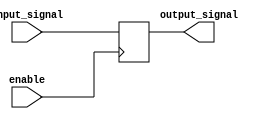
module tri_state_buffer (
    input wire enable,
    input wire input_signal,
    output reg output_signal
);

always @ (posedge enable) begin
    if (enable) begin
        output_signal <= input_signal;
    end else begin
        output_signal <= 1'bz;
    end
end

endmodule